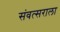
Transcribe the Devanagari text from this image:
संवत्सराला